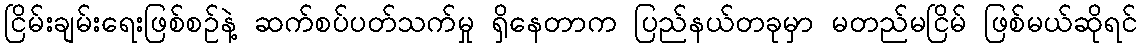
ငြိမ်းချမ်းရေးဖြစ်စဉ်နဲ့ ဆက်စပ်ပတ်သက်မှု ရှိနေတာက ပြည်နယ်တခုမှာ မတည်မငြိမ် ဖြစ်မယ်ဆိုရင်